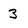
Character: 3